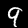
Label: 9